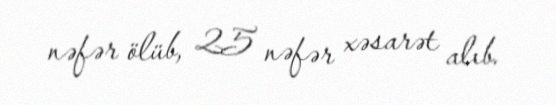
nəfər ölüb, 25 nəfər xəsarət alıb.